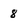
Character: 8